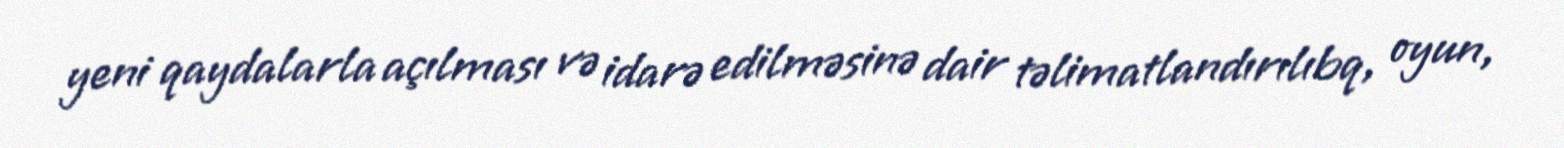
yeni qaydalarla açılması və idarə edilməsinə dair təlimatlandırılıbq, oyun,